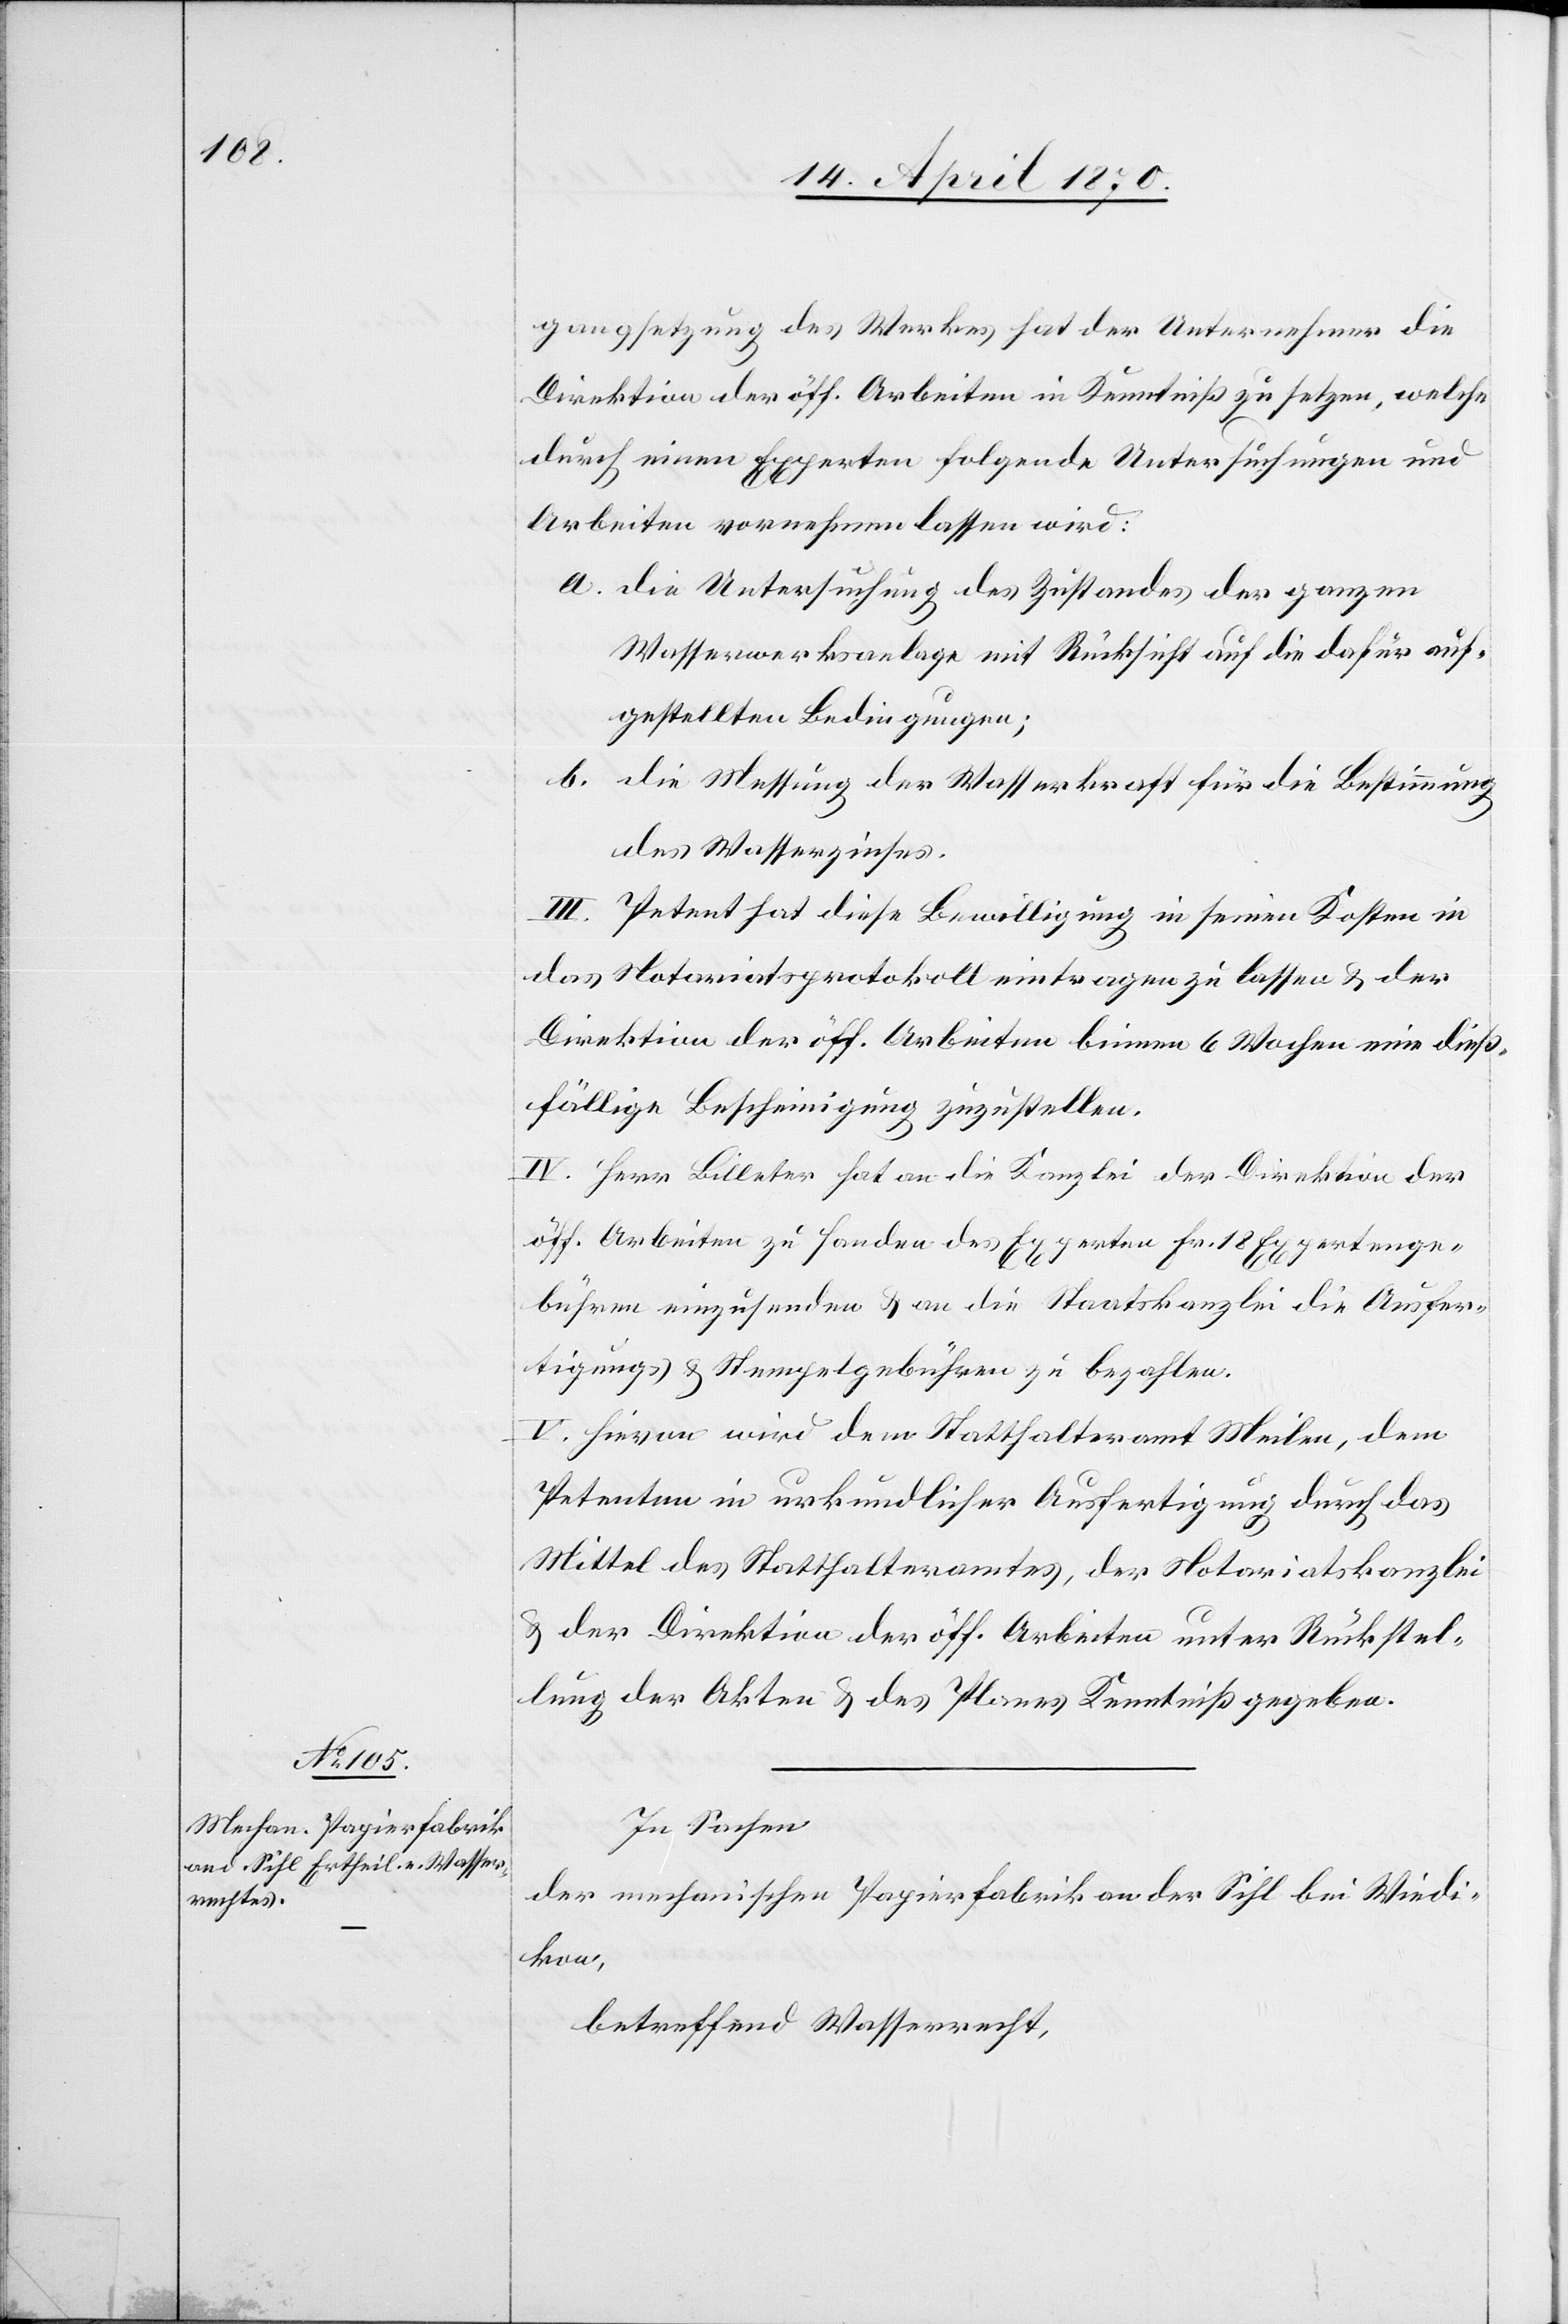
gangsetzung des Werkes hat der Unternehmer die
Direktion der öff. Arbeiten in Kenntniß zu setzen, welche
durch einen Experten folgende Untersuchungen und
Arbeiten vornehmen lassen wird:
a. die Untersuchung des Zustandes der ganzen
Wasserwerksanlage mit Rücksicht auf die dafür auf¬
gestellten Bedingungen;
b. die Messung der Wasserkraft für die Bestimmung
des Wasserzinses.
III. Petent hat diese Bewilligung in seinen Kosten in
das Notariatsprotokoll eintragen zu lassen & der
Direktion der öff. Arbeiten binnen 6 Wochen eine dieß¬
fällige Bescheinigung zuzustellen.
IV. Herr Billeter hat an die Kanzlei der Direktion der
öff. Arbeiten zu Handen des Experten Fr. 18 Expertenge¬
bühren einzusenden & an die Staatskanzlei die Ausfer¬
tigungs- & Stempelgebühren zu bezahlen.
V. Hievon wird dem Statthalteramt Meilen, dem
Petenten in urkundlicher Ausfertigung durch das
Mittel des Statthalteramtes, der Notariatskanzlei
& der Direktion der öff. Arbeiten unter Rückstel¬
lung der Akten & des Planes Kenntniß gegeben.
In Sachen
der mechanischen Papierfabrik an der Sihl bei Wiedi¬
kon,
betreffend Wasserrecht,